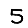
Digit: 5